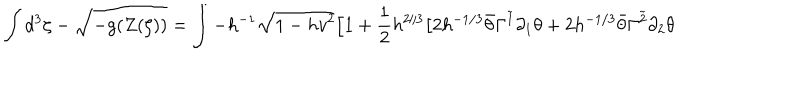
\int d ^ { 3 } \zeta - \sqrt { - g ( Z ( \zeta ) ) } = \int - h ^ { - 1 } \sqrt { 1 - h v ^ { 2 } } \Big [ 1 + \frac { 1 } { 2 } h ^ { 2 / 3 } \big [ 2 h ^ { - 1 / 3 } \bar { \theta } \Gamma ^ { \tilde { 1 } } \partial _ { 1 } \theta + 2 h ^ { - 1 / 3 } \bar { \theta } \Gamma ^ { \tilde { 2 } } \partial _ { 2 } \theta